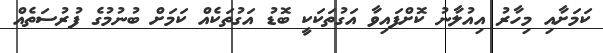
ކަމަށާއި މިހާރު އިއުލާނު ކޮށްފައިވާ އަގުތަކަކީ ބޮޑު އަގުތަކެއް ކަމަށް ބުނުމުގެ ފުރުސަތެއް